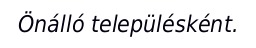
Önálló településként.